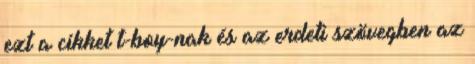
ezt a cikket t-boy-nak és az erdeti szövegben az